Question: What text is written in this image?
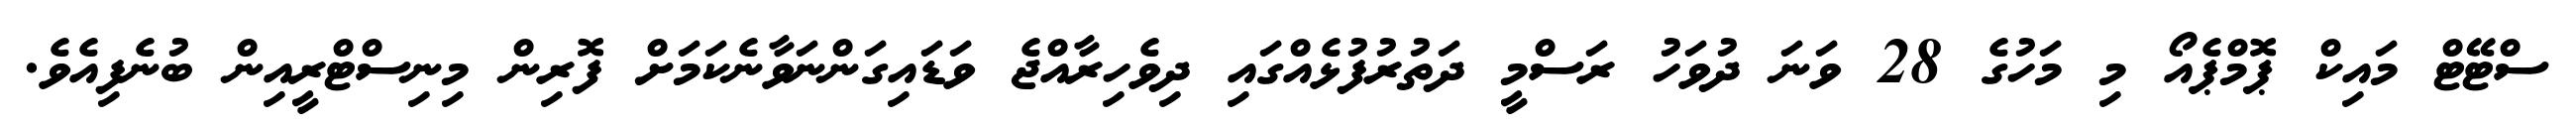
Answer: ސްޓޭޓް މައިކް ޕޮމްޕެއޯ މި މަހުގެ 28 ވަނަ ދުވަހު ރަސްމީ ދަތުރުފުޅެއްގައި ދިވެހިރާއްޖެ ވަޑައިގަންނަވާނެކަމަށް ފޮރިން މިނިސްޓްރީއިން ބުނެފިއެވެ.